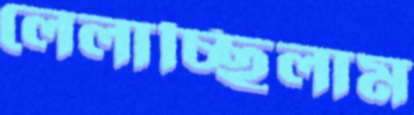
লেলাচ্ছিলাম